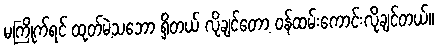
မကြိုက်ရင် ထုတ်မဲ့သဘော ရှိတယ် လိုချင်တော့ ဝန်ထမ်းကောင်းလိုချင်တယ်။